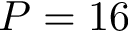
P = 1 6